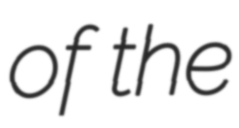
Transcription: of the